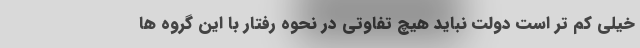
خیلی کم تر است دولت نباید هیچ تفاوتی در نحوه رفتار با این گروه ها